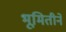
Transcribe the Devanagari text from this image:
भूमितीने